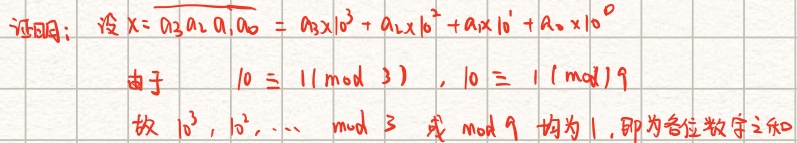
证明：设$x = \overline{a_{3}a_{2}a_{1}a_{0}} = a_{3}\times10^{3}+a_{2}\times10^{2}+a_{1}\times10^{1}+a_{0}\times10^{0}$

由于$10\equiv1(\bmod 3)$，$10\equiv1(\bmod 9)$

故$10^{3},10^{2},\cdots\bmod 3$或$\bmod 9$均为$1$，即为各位数字之和